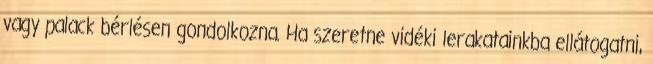
vagy palack bérlésen gondolkozna. Ha szeretne vidéki lerakatainkba ellátogatni,